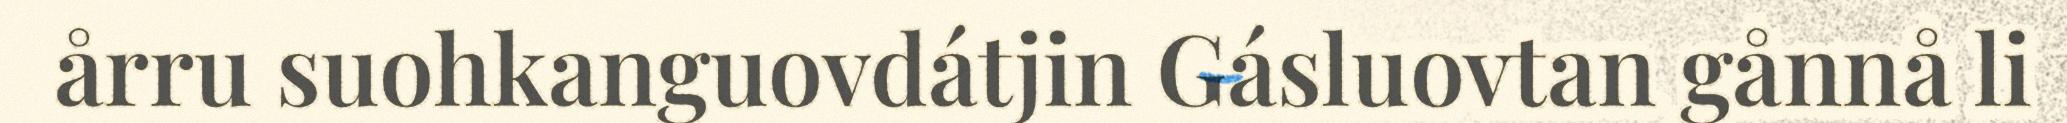
årru suohkanguovdátjin Gásluovtan gånnå li